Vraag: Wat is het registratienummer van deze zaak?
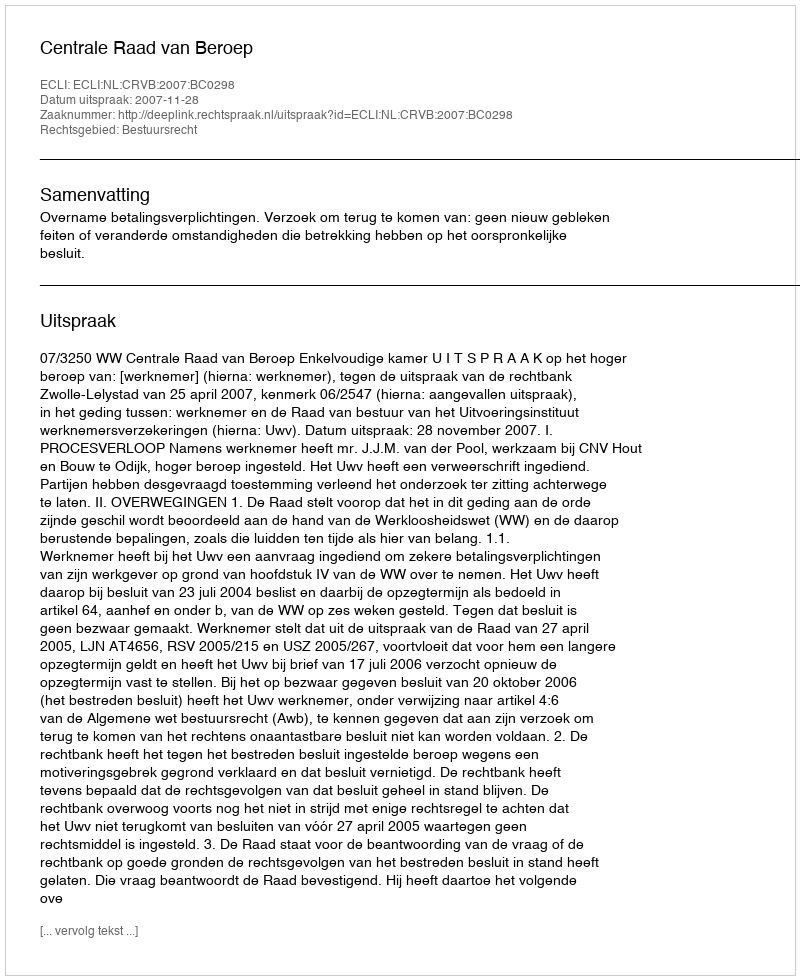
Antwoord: http://deeplink.rechtspraak.nl/uitspraak?id=ECLI:NL:CRVB:2007:BC0298